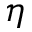
\eta